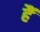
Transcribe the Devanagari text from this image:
हैॅ